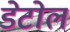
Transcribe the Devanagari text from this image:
डेटोल